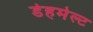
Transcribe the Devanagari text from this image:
डेहमेल्ट